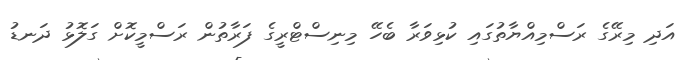
އަދި މިރޭގެ ރަސްމިއްޔާތުގައި ކުޅިވަރާ ބެހޭ މިނިސްޓްރީގެ ފަރާތުން ރަސްމީކޮށް ގަލޮޅު ދަނޑު